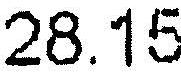
28.15